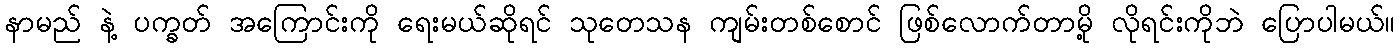
နာမည် နဲ့ ပက္ခတ် အကြောင်းကို ရေးမယ်ဆိုရင် သုတေသန ကျမ်းတစ်စောင် ဖြစ်လောက်တာမို့ လိုရင်းကိုဘဲ ပြောပါမယ်။